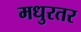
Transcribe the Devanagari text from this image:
मधुरतर